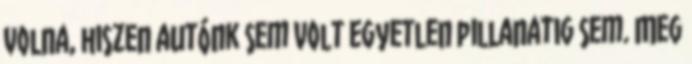
volna, hiszen autónk sem volt egyetlen pillanatig sem. Meg